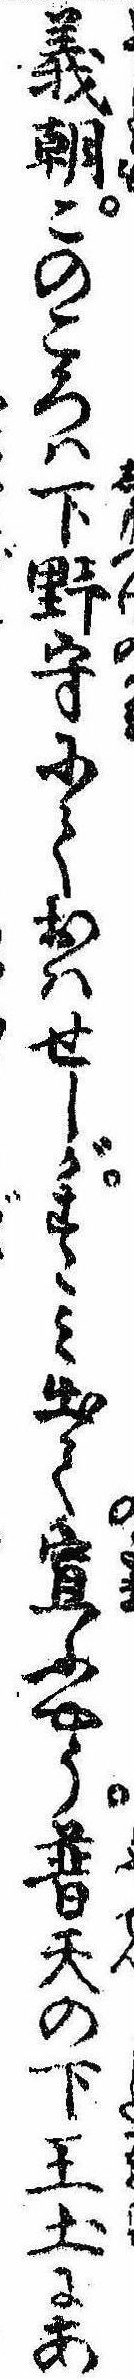
義朝このころは下野守にておはせしがすゝみ出て宣ふやう普天の下王土にあ